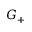
G _ { + }